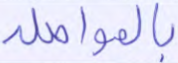
بالمواصلة